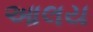
આલય